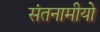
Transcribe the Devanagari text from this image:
संतनामीयो